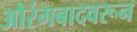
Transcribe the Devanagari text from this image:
औरंगबादवरून